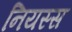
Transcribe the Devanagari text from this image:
नियस्स